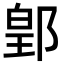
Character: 𨜔